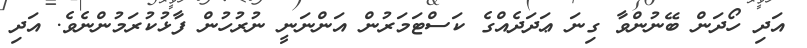
އަދި ހޯދަން ބޭނުންވާ ގިނަ ޢަދަދެއްގެ ކަސްޓަމަރުން އަންނަނީ ނުރުހުން ފާޅުކުރަމުންނެވެ. އަދި